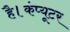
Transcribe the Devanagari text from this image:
है।कंप्यूटर